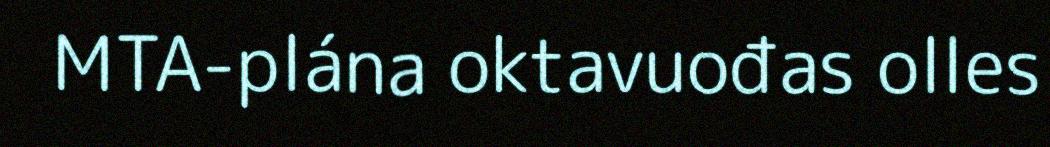
MTA-plána oktavuođas olles